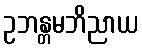
ဥဘန္တမဘိညာယ